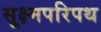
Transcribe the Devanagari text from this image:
सूक्ष्मपरिपथ